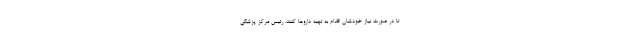
تا در صورت نیاز خودشان اقدام به تهیه داروها کنند. رئیس مرکز پزشکی